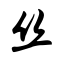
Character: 丝